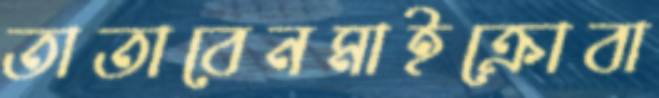
তাতাবেনমাইক্রোবা